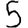
Digit: 5